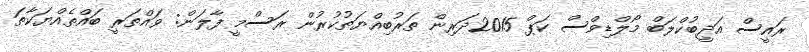
ރައީސް އަދީބުކްލަބް މޯލްޑިވްސް ކަޕް 2015ދަރިން ތަރުބިއްޔަތުކުރުން ރަސްމީ ފާލަން: ވައްތަރީ ބައްތެއްޔަކާތަ